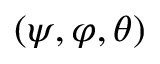
( \psi , \varphi , \theta )